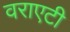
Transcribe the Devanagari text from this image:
वराएटी